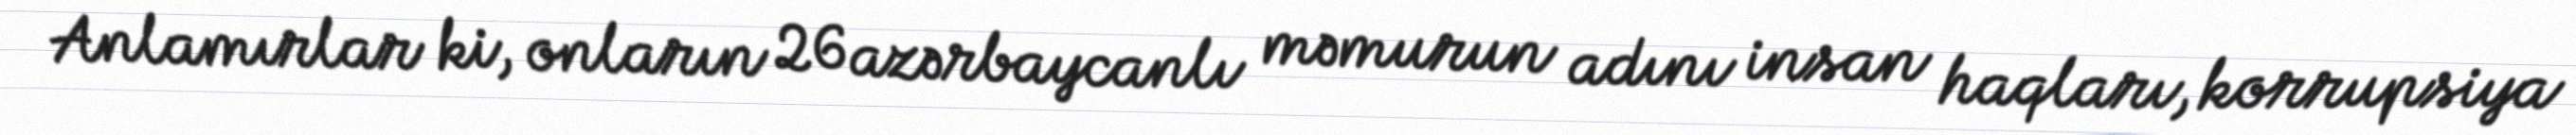
Anlamırlar ki, onların 26 azərbaycanlı məmurun adını insan haqları, korrupsiya